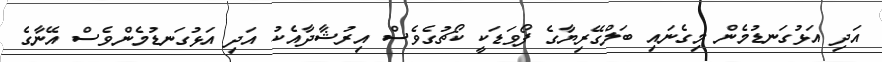
އަދި އަޅުގަނޑުމެން މިގެނައި ބަލްގޭރިޔާގެ ފޯވަޑަކީ ކޯޗުގެވެސް އިރުޝާދާއެކު އަދި އަޅުގަނޑުމެންވެސް އޭނާގެ